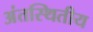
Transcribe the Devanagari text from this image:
अंतस्थितीय